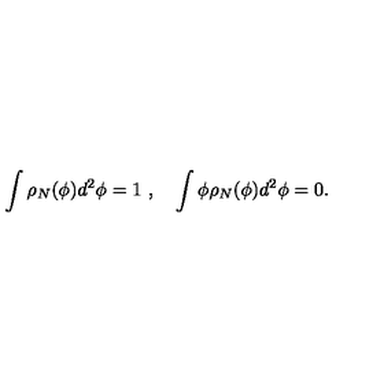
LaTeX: \int \rho _ { N } ( \phi ) d ^ { 2 } \phi = 1 \ , \quad \int \phi \rho _ { N } ( \phi ) d ^ { 2 } \phi = 0 .